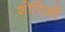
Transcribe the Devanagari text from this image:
शोरिशों